Annual administration report of the Civil Veterinary Department of India - 1908-1909
Year: 1908
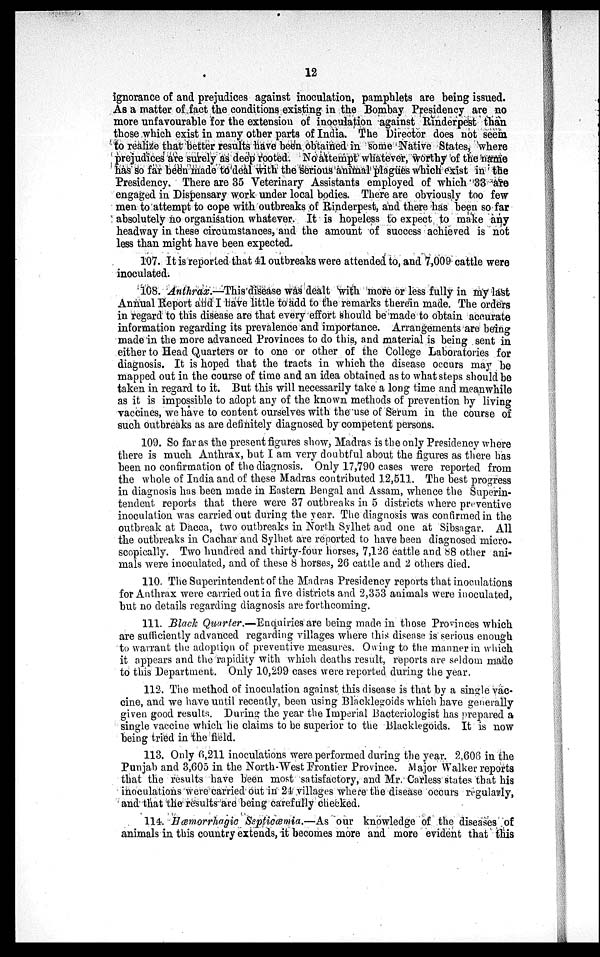
12
ignorance of and prejudices against inoculation, pamphlets are being issued.
As a matter of fact the conditions existing in the Bombay Presidency are no
more unfavourable for the extension of inoculation against Rinderpest than
those which exist in many other parts of India. The Director does not seem
to realize that better results have been obtained in some Native States, where
prejudices are surely as deep rooted. No attempt whatever, worthy of the name
has so far been made to deal with the serious animal plagues which exist in the
Presidency. There are 35 Veterinary Assistants employed of which 33 are
engaged in Dispensary work under local bodies. There are obviously too few
men to attempt to cope with outbreaks of Rinderpest, and there has been so far
absolutely no organisation whatever. It is hopeless to expect to make any
headway in these circumstances, and the amount of success achieved is not
less than might have been expected.
107. It is reported that 41 outbreaks were attended to, and 7,009 cattle were
inoculated.
108. Anthrax.—This disease was dealt with more or less fully in my last
Annual Report and I have little to add to the remarks therein made. The orders
in regard to this disease are that every effort should be made to obtain accurate
information regarding its prevalence and importance. Arrangements are being
made in the more advanced Provinces to do this, and material is being sent in
either to Head Quarters or to one or other of the College Laboratories for
diagnosis. It is hoped that the tracts in which the disease occurs may be
mapped out in the course of time and an idea obtained as to what steps should be
taken in regard to it. But this will necessarily take a long time and meanwhile
as it is impossible to adopt any of the known methods of prevention by living
vaccines, we have to content ourselves with the use of Serum in the course of
such outbreaks as are definitely diagnosed by competent persons.
109. So far as the present figures show, Madras is the only Presidency where
there is much Anthrax, but I am very doubtful about the figures as there has
been no confirmation of the diagnosis. Only 17,790 cases were reported from
the whole of India and of these Madras contributed 12,511. The best progress
in diagnosis has been made in Eastern Bengal and Assam, whence the Superin-
tendent reports that there were 37 outbreaks in 5 districts where preventive
inoculation was carried out during the year. The diagnosis was confirmed in the
outbreak at Dacca, two outbreaks in North Sylhet and one at Sibsagar. All
the outbreaks in Cachar and Sylhet are reported to have been diagnosed micro-
scopically. Two hundred and thirty-four horses, 7,126 cattle and 88 other ani-
mals were inoculated, and of these 8 horses, 26 cattle and 2 others died.
110. The Superintendent of the Madras Presidency reports that inoculations
for Anthrax were carried out in five districts and 2,353 animals were inoculated,
but no details regarding diagnosis are forthcoming.
111. Black Quarter.—Enquiries are being made in those Provinces which
are sufficiently advanced regarding villages where this disease is serious enough
to warrant the adoption of preventive measures. Owing to the manner in which
it appears and the rapidity with which deaths result, reports are seldom made
to this Department. Only 10,299 cases were reported during the year.
112. The method of inoculation against this disease is that by a single vac-
cine, and we have until recently, been using Blacklegoids which have generally
given good results. During the year the Imperial Bacteriologist has prepared a
single vaccine which he claims to be superior to the Blacklegoids. It is now
being tried in the field.
113. Only 6,211 inoculations were performed during the year. 2,606 in the
Punjab and 3,605 in the North-West Frontier Province. Major Walker reports
that the results have been most satisfactory, and Mr. Carless states that his
inoculations were carried out in 24 villages where the disease occurs regularly,
and that the results are being carefully checked.
114. Hæmorrhagic Septiæmia.—As our knowledge of the diseases of
animals in this country extends, it becomes more and more evident that this